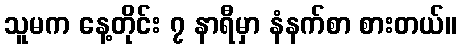
သူမက နေ့တိုင်း ၇ နာရီမှာ နံနက်စာ စားတယ်။